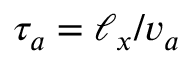
\tau _ { a } = \ell _ { x } / v _ { a }